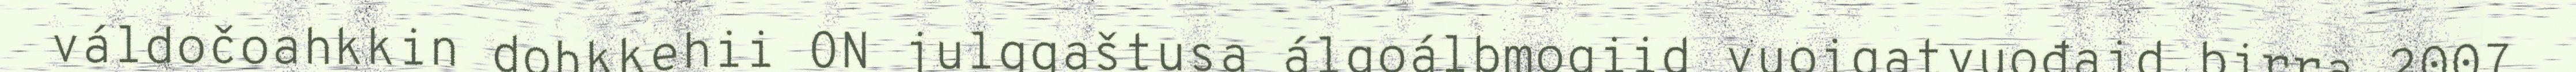
váldočoahkkin dohkkehii ON julggaštusa álgoálbmogiid vuoigatvuođaid birra 2007.